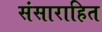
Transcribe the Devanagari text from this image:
संसाराहित